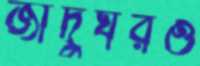
জাদুঘরও